Medical and sanitary report of the native army of Madras for the year
Year: 1872
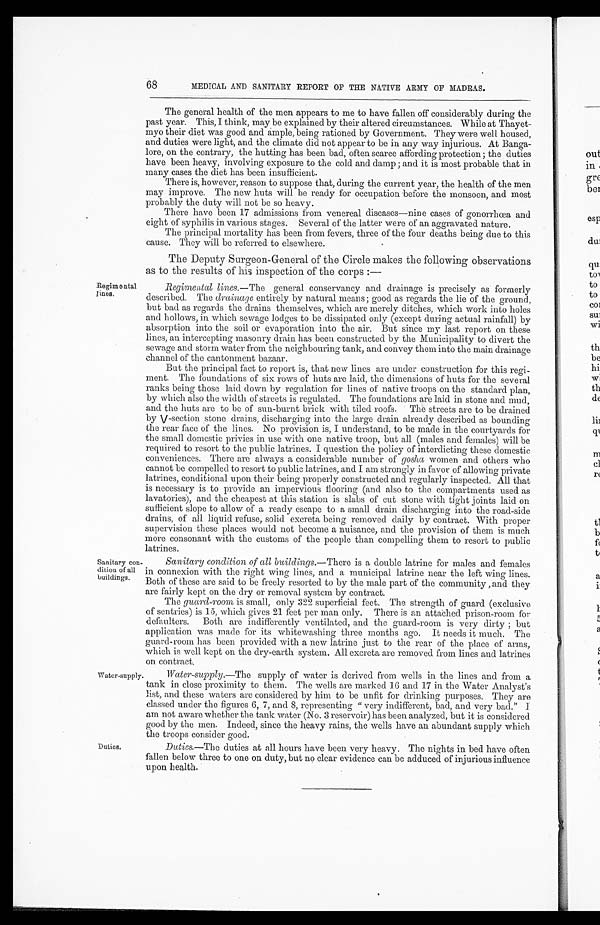
Regim e nta
l lines.
68
MEDICAL AND SANITARY REPORT OF THE NATIVE ARMY OF MADRAS.
The general health of the men appears to me to have fallen off considerably during the
past year. This, I think, may be explained by their altered circumstances. While at Thayet
-myo their diet was good and ample, being rationed by Government. They were well housed,
and duties were light, and the climate did not appear to be in any way injurious. At Banga
-lore, on the contrary, the hutting has been bad, often scarce affording protection; the duties
have been heavy, involving exposure to the cold and damp ; and it is most probable that in
many cases the diet has been insufficient.
There is, however, reason to suppose that, during the current year, the health of the men
may improve. The new huts will be ready for occupation before the monsoon, and most
probably the duty will not be so heavy.
There have been 17 admissions from venereal diseases—nine cases of gonorrhœa and
eight of syphilis in various stages. Several of the latter were of an aggravated nature.
The principal mortality has been from fevers, three of the four deaths being due to this
cause. They will be referred to elsewhere.
The Deputy Surgeon-General of the Circle makes the following observations
as to the results of his inspection of the corps :—
Regimental lines.—The general conservancy and drainage is precisely as formerly
described. The drainage entirely by natural means ; good as regards the lie of the ground,
but bad as regards the drains themselves, which are merely ditches, which work into holes
and hollows, in which sewage lodges to be dissipated only (except during actual rainfall) by
absorption into the soil or evaporation into the air. But since my last report on these
lines, au intercepting masonry drain has been constructed by the Municipality to divert the
sewage and storm water from the neighbouring tank, and convey them into the main drainage
channel of the cantonment bazaar.
But the principal fact to report is, that new lines are under construction for this regi
-ment. The foundations of six rows of huts are laid, the dimensions of huts for the several
ranks being those laid down by regulation for lines of native troops on the standard plan,
by which also the width of streets is regulated. The foundations are laid in stone and mud,
and the huts are to be of sun-burnt brick with tiled roofs. The streets are to be drained
by V-section stone drains, discharging into the large drain already described as bounding
the rear face of the lines. No provision is, I understand, to be made in the courtyards for
the small domestic privies in use with one native troop, but all (males and females) will be
required to resort to the public latrines. I question the policy of interdicting these domestic
conveniences. There are always a considerable number of gosha women and others who
cannot be compelled to resort to public latrines, and I am strongly in favor of allowing private
latrines, conditional upon their being properly constructed and regularly inspected. All that
is necessary is to provide an impervious flooring (and also to the compartments used as
lavatories), and the cheapest at this station is slabs of cut stone with tight joints laid on
sufficient slope to allow of a ready escape to a small drain discharging into the road-side
drains, of all liquid refuse, solid excreta being removed daily by contract. With proper
supervision these places would not become a nuisance, and the provision of them is much
more consonant with the customs of the people than compelling them to resort to public
latrines.
Sanitary con-
dition of all
buildings.
Water-supply
Sanitary condition of all buildings.— There is a double latrine for males and females
in connexion with the right wing lines, and a municipal latrine near the left wing lines.
Both of these are said to be freely resorted to by the male part of the community , and they
are fairly kept on the dry or removal system by contract.
The guard-room is small, only 322 superficial feet. The strength of guard (exclusive
of sentries) is 15, which gives 21 feet per man only. There is an attached prison-room for
defaulters. Both are indifferently ventilated, and the guard-room is very dirty ; but
application was made for its whitewashing three months ago. It needs it much. The
guard-room has been provided with a new latrine just to the rear of the place of arms,
which is well kept on the dry-earth system. All excreta are removed from lines and latrines
on contract.
Water-supply .—The supply of water is derived from wells in the lines and from a
tank in close proximity to them. The wells are marked 16 and 17 in the Water Analyst's
list, and these waters are considered by him to be unfit for drinking purposes. They are
classed under the figures 6, 7, and 8, representing "very indifferent, bad, and very bad.
" I a m n o t a w a r e w h e t h e r t h e t a n k w a t e r ( N o . 3 r e s e r v o i r ) h a s b e e n a n a l y z e d , b u t i t i s c o n s i d e r e d .
good by the men. Indeed, since the heavy rains, the wells have an abundant supply which
the troops consider good.
Duties.
Duties.— The duties at all hours have been very heavy. The nights in bed have often
fallen below three to one on duty, but no clear evidence can be adduced of injurious influence
upon health.